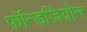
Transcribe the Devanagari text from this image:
फ़ॉन्डज़ियोन